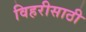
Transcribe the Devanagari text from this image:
विहरीसाठी